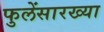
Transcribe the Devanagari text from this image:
फुलेंसारख्या